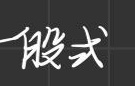
一般式